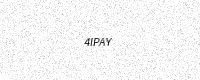
Text: 4IPAY